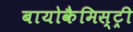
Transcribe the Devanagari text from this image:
बायोकैमिस्ट्री